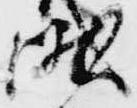
峨